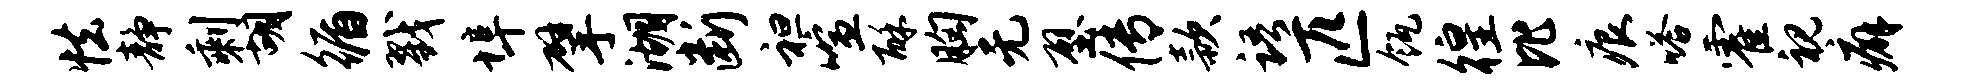
怯静剩胡循戮埠擘湖断袒喧酥胸无壁传款语匹瓴徨比痕嗒霍视癖